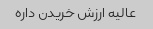
عالیه ارزش خریدن داره